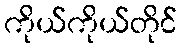
ကိုယ်ကိုယ်တိုင်